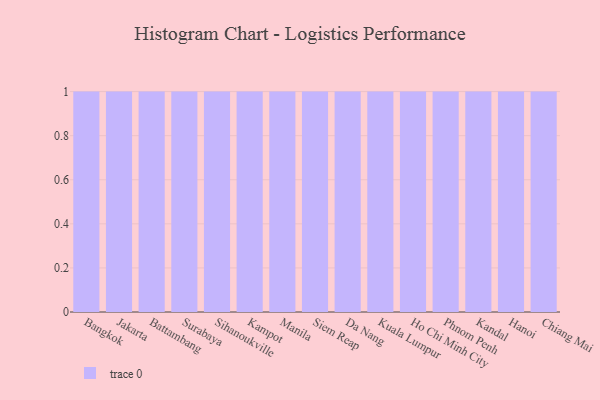
{"axis": {"x": "City", "y": "Population (Million)"}, "legend": [""], "data": [{"x": "Bangkok", "y": 18, "type": ""}, {"x": "Jakarta", "y": 48, "type": ""}, {"x": "Battambang", "y": 94, "type": ""}, {"x": "Surabaya", "y": 95, "type": ""}, {"x": "Sihanoukville", "y": 19, "type": ""}, {"x": "Kampot", "y": 73, "type": ""}, {"x": "Manila", "y": 30, "type": ""}, {"x": "Siem Reap", "y": 81, "type": ""}, {"x": "Da Nang", "y": 4, "type": ""}, {"x": "Kuala Lumpur", "y": 69, "type": ""}, {"x": "Ho Chi Minh City", "y": 12, "type": ""}, {"x": "Phnom Penh", "y": 27, "type": ""}, {"x": "Kandal", "y": 35, "type": ""}, {"x": "Hanoi", "y": 100, "type": ""}, {"x": "Chiang Mai", "y": 2, "type": ""}]}